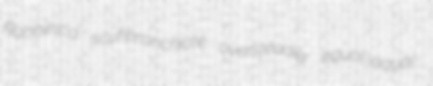
Rabbinica scutibranchiate oversteadily equal-aqual